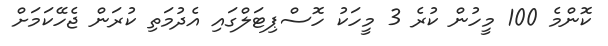
ކޮންމެ 100 މީހުން ކުރެ 3 މީހަކު ހޮސްޕިޓަލްގައި އެދުމަތި ކުރަން ޖެހޭކަމަށް